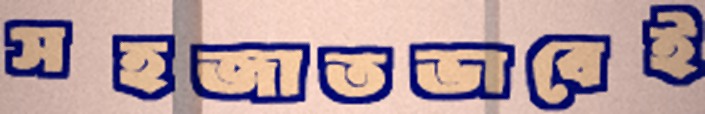
সহজাতভাবেই